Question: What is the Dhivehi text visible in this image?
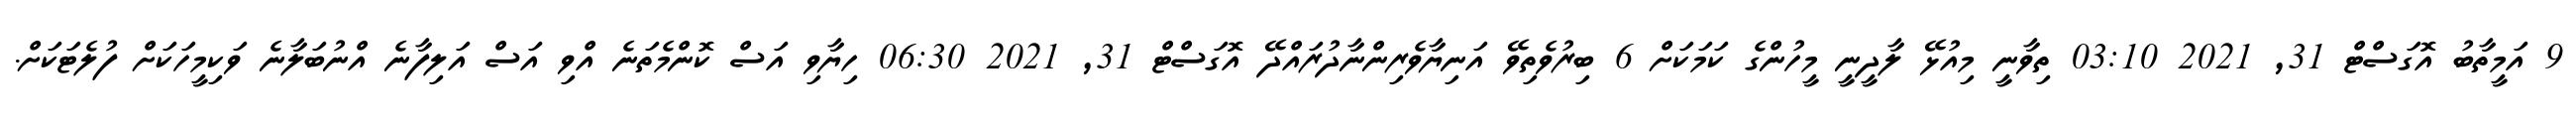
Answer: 9 އަމީތާބު އޮގަސްޓް 31, 2021 03:10 ތިވާނީ މިއުޅޭ ލާދީނީ މީހުންގެ ކަމަކަށް 6 ބިރުވެތިވޭ އަނިޔާވެރިންނާދުރައްދޭ އޮގަސްޓް 31, 2021 06:30 ހިޔާވި އަސް ކޮންމެތަނެ އްވި އަސް އަލިފާނެ އްނުބަލާނެ ވަކިމީހަކަށް ފުލެޓަކަށް.